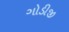
ગોડીજી